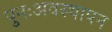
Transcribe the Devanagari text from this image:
पुनःअवस्थापन